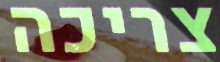
צריכה